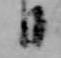
日